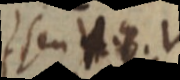
seu 48.V